Vaccination Hyderabad 1872-1889 - 1872-1889
Year: 1872
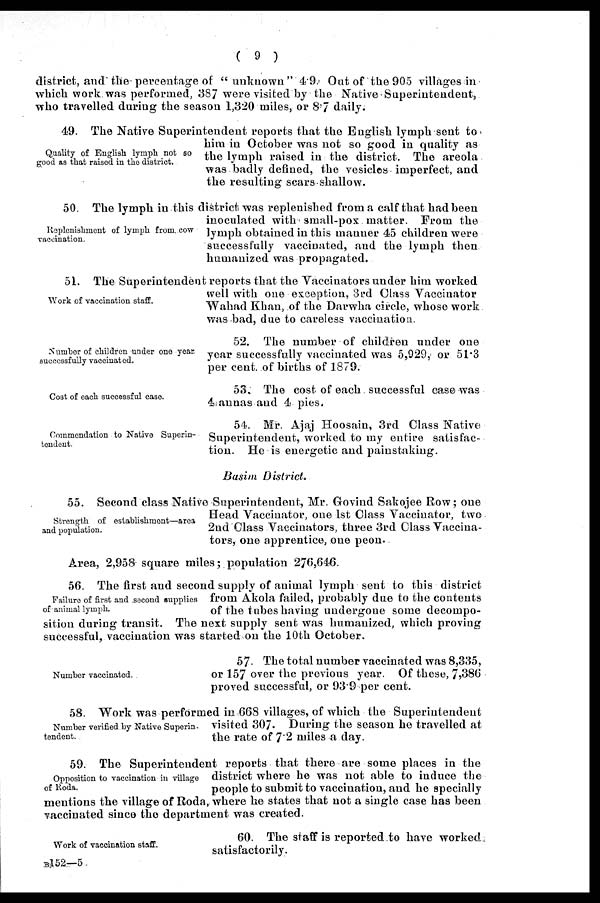
( 9 )
district, and'the-percentage of " unknown " 4.9. Out of the 905 villages in
which work. was performed, 387 were visited by the Native Superintendent,
who travelled during the season 1,320 miles, or 8.7 daily.
Quality of English lymph not so
good as that raised in the district.
49. The Native Superintendent reports that the English lymph sent to
him in October was not so good in quality as
the lymph raised in the district. The areola
was badly defined, the vesicles imperfect, and
the resulting scars shallow.
Replenishment of lymph from..cow
vaccination.
50. The lymph in this district was replenished from a calf that had been
inoculated with small-pox matter. From the
lymph obtained in this manner 45 children were
successfully vaccinated, and the lymph then
humanized was propagated.
Work of vaccination staff.
51. The Superintendent reports that the Vaccinators under him worked
well with one exception, 3rd Class Vaccinator
Wahad Khan, of the Darwha circle, whose work
was bad, due to careless vaccination.
Number of children under one year
successfully vaccinated.
52. The number of children under one
year successfully vaccinated was 5,929, or 51.3
per cent. of births of 1879.
Cost of each successful case.
53. The cost of each. successful case was
4;annas and 4 pies.
Commendation to Native Superin-
tendent.
54. Mr. Ajaj Hoosain, 3rd Class Native
Superintendent, worked to my entire satisfac-
tion. He is energetic and painstaking.
Basim District.
Strength of establishment—area
and population.
55. Second class Native Superintendent, Mr. Govind Sakojee Row; one
Head Vaccinator, one 1st Class Vaccinator, two
2nd Class Vaccinators, three 3rd Class Vaccina-
tors, one apprentice, one peon.
Area, 2,958 square miles; population 276,646.
Failure of first and second supplies
of animal lymph.
56. The first and second supply of animal lymph sent to this district
from Akola failed, probably due to the contents
of the tubes having undergone some decompo-
sition during transit. The next supply sent was humanized, which proving
successful, vaccination was started on the 10th October.
Number vaccinated.
57. The total number vaccinated was 8,335,
or 157 over the previous year. Of these, 7,386
proved successful, or 93.9 per cent.
Number verified.by Native Superin-
tendent.
58. Work was performed in 668 villages, of which the Superintendent
visited 307. During the season he travelled at
the rate of 7.2 miles a day.
Opposition to vaccination in village
of Roda.
59. The Superintendent reports that there are some places in the
district where he was not able to induce the
people to submit to vaccination, and he specially
mentions the village of Roda, where he states that not a single case has been
vaccinated since the department was created.
Work of vaccination staff.
60. The staff is reported to have worked
satisfactorily.
B152—5